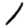
Digit: 1